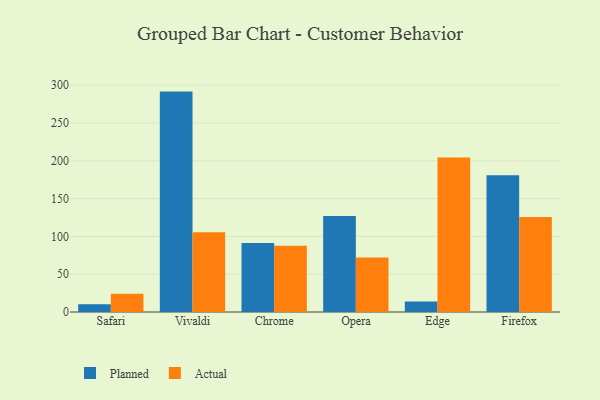
{"axis": {"x": "Browser", "y": "Inventory Turnover"}, "legend": ["Actual", "Planned"], "data": [{"x": "Safari", "y": 10.1, "type": "Planned"}, {"x": "Safari", "y": 24.3, "type": "Actual"}, {"x": "Vivaldi", "y": 291.5, "type": "Planned"}, {"x": "Vivaldi", "y": 105.4, "type": "Actual"}, {"x": "Chrome", "y": 91.2, "type": "Planned"}, {"x": "Chrome", "y": 87.7, "type": "Actual"}, {"x": "Opera", "y": 126.9, "type": "Planned"}, {"x": "Opera", "y": 72.1, "type": "Actual"}, {"x": "Edge", "y": 13.8, "type": "Planned"}, {"x": "Edge", "y": 204.3, "type": "Actual"}, {"x": "Firefox", "y": 180.8, "type": "Planned"}, {"x": "Firefox", "y": 125.6, "type": "Actual"}]}